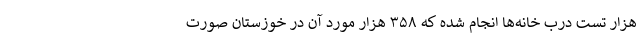
هزار تست درب خانه‌ها انجام شده که ۳۵۸ هزار مورد آن در خوزستان صورت